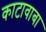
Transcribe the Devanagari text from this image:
काटावाबा